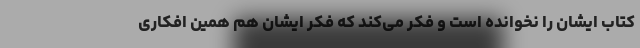
کتاب ایشان را نخوانده است و فکر می‌کند که فکر ایشان هم همین افکاری